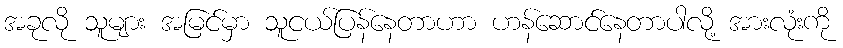
အခုလို သူများ အမြင်မှာ သူငယ်ပြန်နေတာဟာ ဟန်ဆောင်နေတာပါလို့ အားလုံးကို